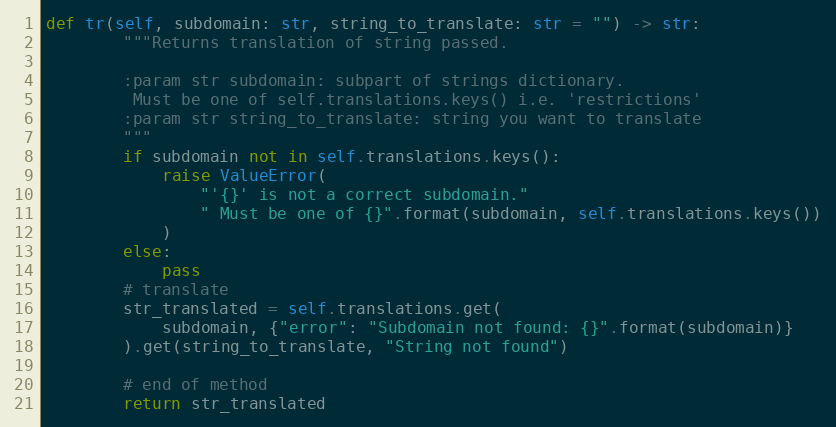
Language: Python
def tr(self, subdomain: str, string_to_translate: str = "") -> str:
        """Returns translation of string passed.

        :param str subdomain: subpart of strings dictionary.
         Must be one of self.translations.keys() i.e. 'restrictions'
        :param str string_to_translate: string you want to translate
        """
        if subdomain not in self.translations.keys():
            raise ValueError(
                "'{}' is not a correct subdomain."
                " Must be one of {}".format(subdomain, self.translations.keys())
            )
        else:
            pass
        # translate
        str_translated = self.translations.get(
            subdomain, {"error": "Subdomain not found: {}".format(subdomain)}
        ).get(string_to_translate, "String not found")

        # end of method
        return str_translated